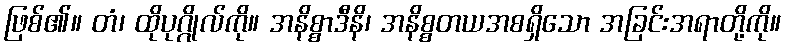
ဖြစ်၏။ တံ၊ ထိုပုဂ္ဂိုလ်ကို။ အနိစ္စာဒီနိ၊ အနိစ္စတယအစရှိသော အခြင်းအရာတို့ကို။